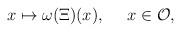
LaTeX: \begin{align*}x \mapsto \omega(\Xi)(x), \quad \ x \in {\cal O},\end{align*}